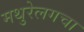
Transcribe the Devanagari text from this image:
मथुरेलगचा